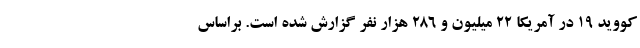
کووید ۱۹ در آمریکا ۲۲ میلیون و ۲۸۶ هزار نفر گزارش شده است. براساس